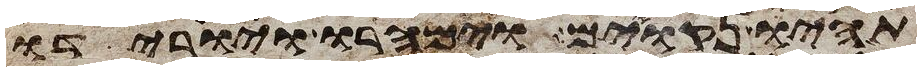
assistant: תהיו נקואים וימהרו ויורידו